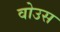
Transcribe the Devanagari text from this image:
वोउस